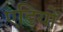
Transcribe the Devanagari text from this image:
एडियों